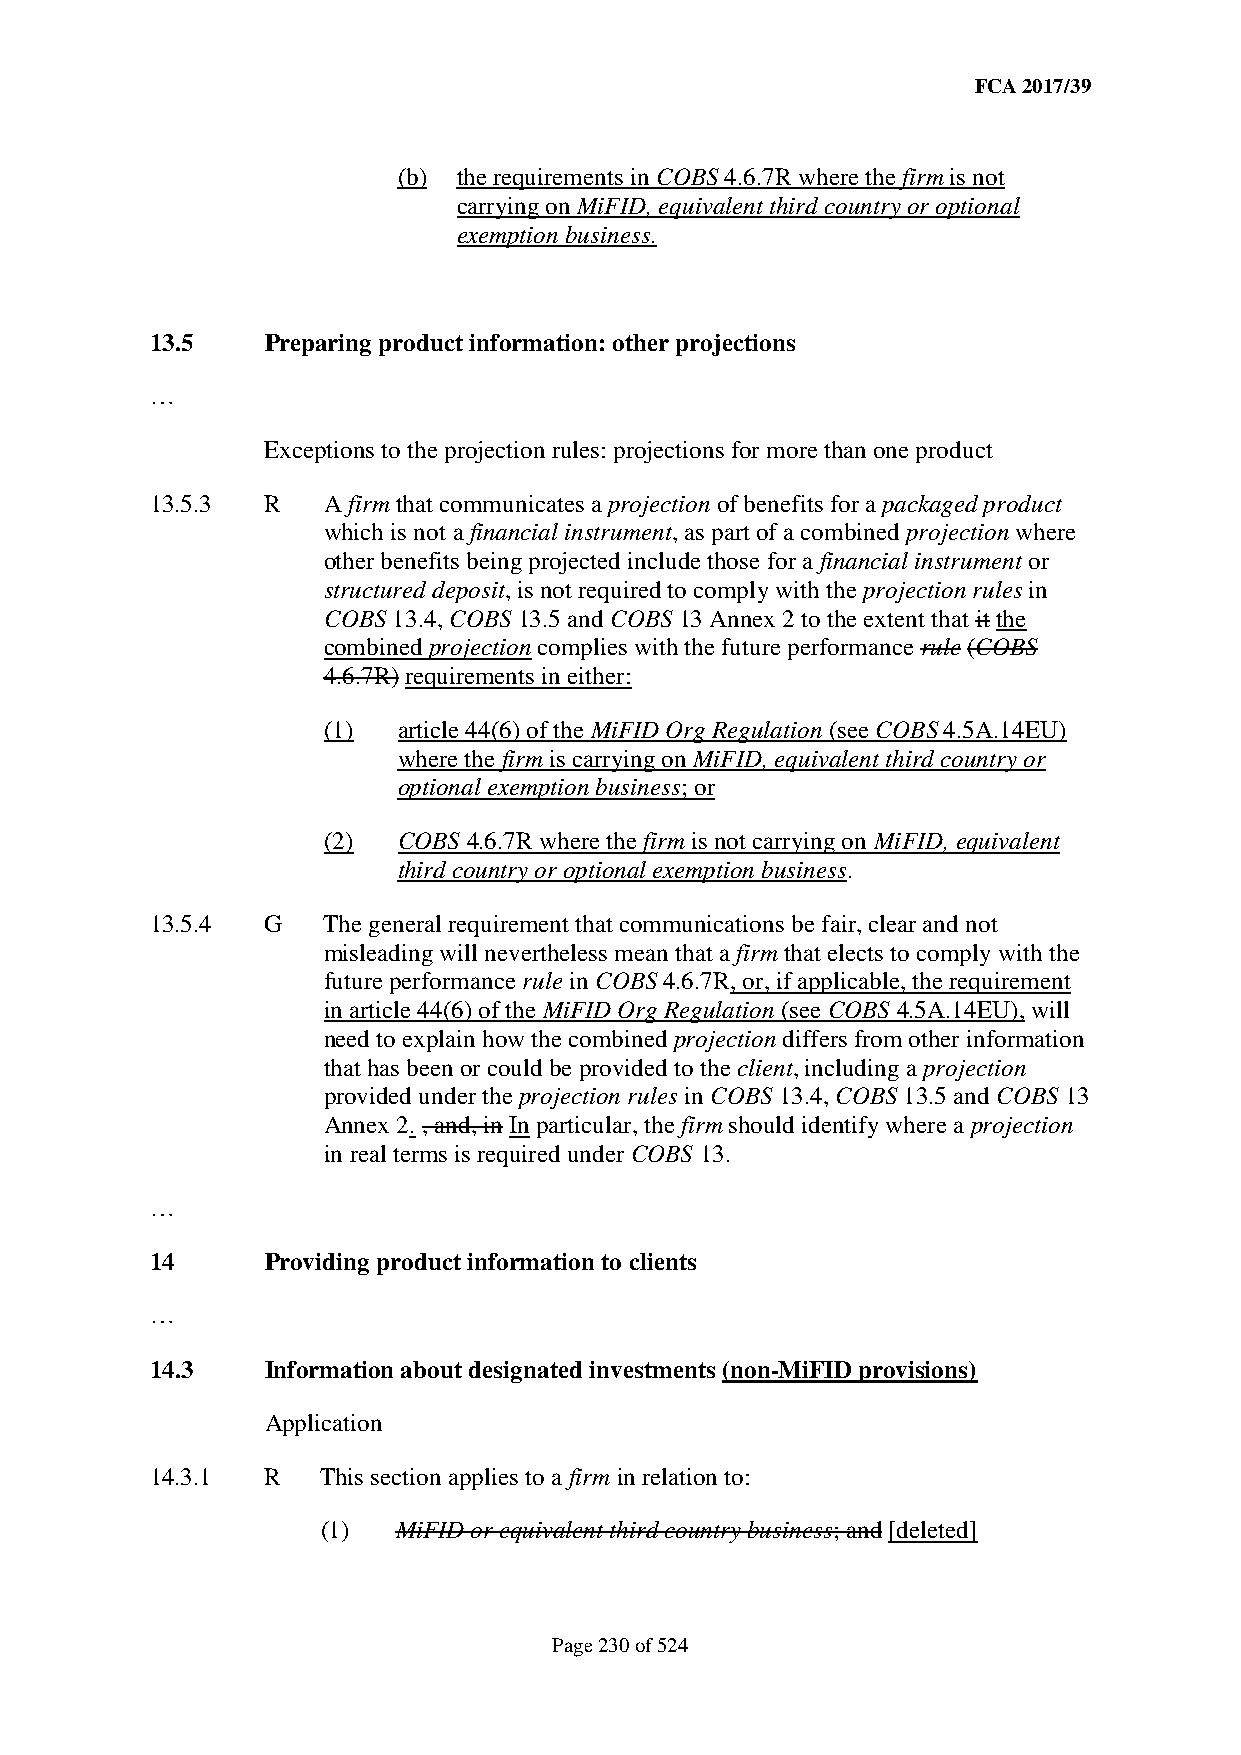
FCA 2017/39
 (b) the requirements in COBS 4.6.7R where the firm is not
 carrying on MiFID, equivalent third country or optional
 exemption business.
 13.5    Preparing product information: other projections
 …
 Exceptions to the projection rules: projections for more than one product
 13.5.3  R  A firm that communicates a projection of benefits for a packaged product
 which is not a financial instrument, as part of a combined projection where
 other benefits being projected include those for a financial instrument or
 structured deposit, is not required to comply with the projection rules in
 COBS 13.4, COBS 13.5 and COBS 13 Annex 2 to the extent that it the
 combined projection complies with the future performance rule (COBS
 4.6.7R) requirements in either:
 (1)  article 44(6) of the MiFID Org Regulation (see COBS 4.5A.14EU)
 where the firm is carrying on MiFID, equivalent third country or
 optional exemption business; or
 (2)  COBS 4.6.7R where the firm is not carrying on MiFID, equivalent
 third country or optional exemption business.
 13.5.4  G  The general requirement that communications be fair, clear and not
 misleading will nevertheless mean that a firm that elects to comply with the
 future performance rule in COBS 4.6.7R, or, if applicable, the requirement
 in article 44(6) of the MiFID Org Regulation (see COBS 4.5A.14EU), will
 need to explain how the combined projection differs from other information
 that has been or could be provided to the client, including a projection
 provided under the projection rules in COBS 13.4, COBS 13.5 and COBS 13
 Annex 2. , and, in In particular, the firm should identify where a projection
 in real terms is required under COBS 13.
 …
 14      Providing product information to clients
 …
 14.3    Information about designated investments (non-MiFID provisions)
 Application
 14.3.1  R  This section applies to a firm in relation to:
 (1)  MiFID or equivalent third country business; and [deleted]
 Page 230 of 524